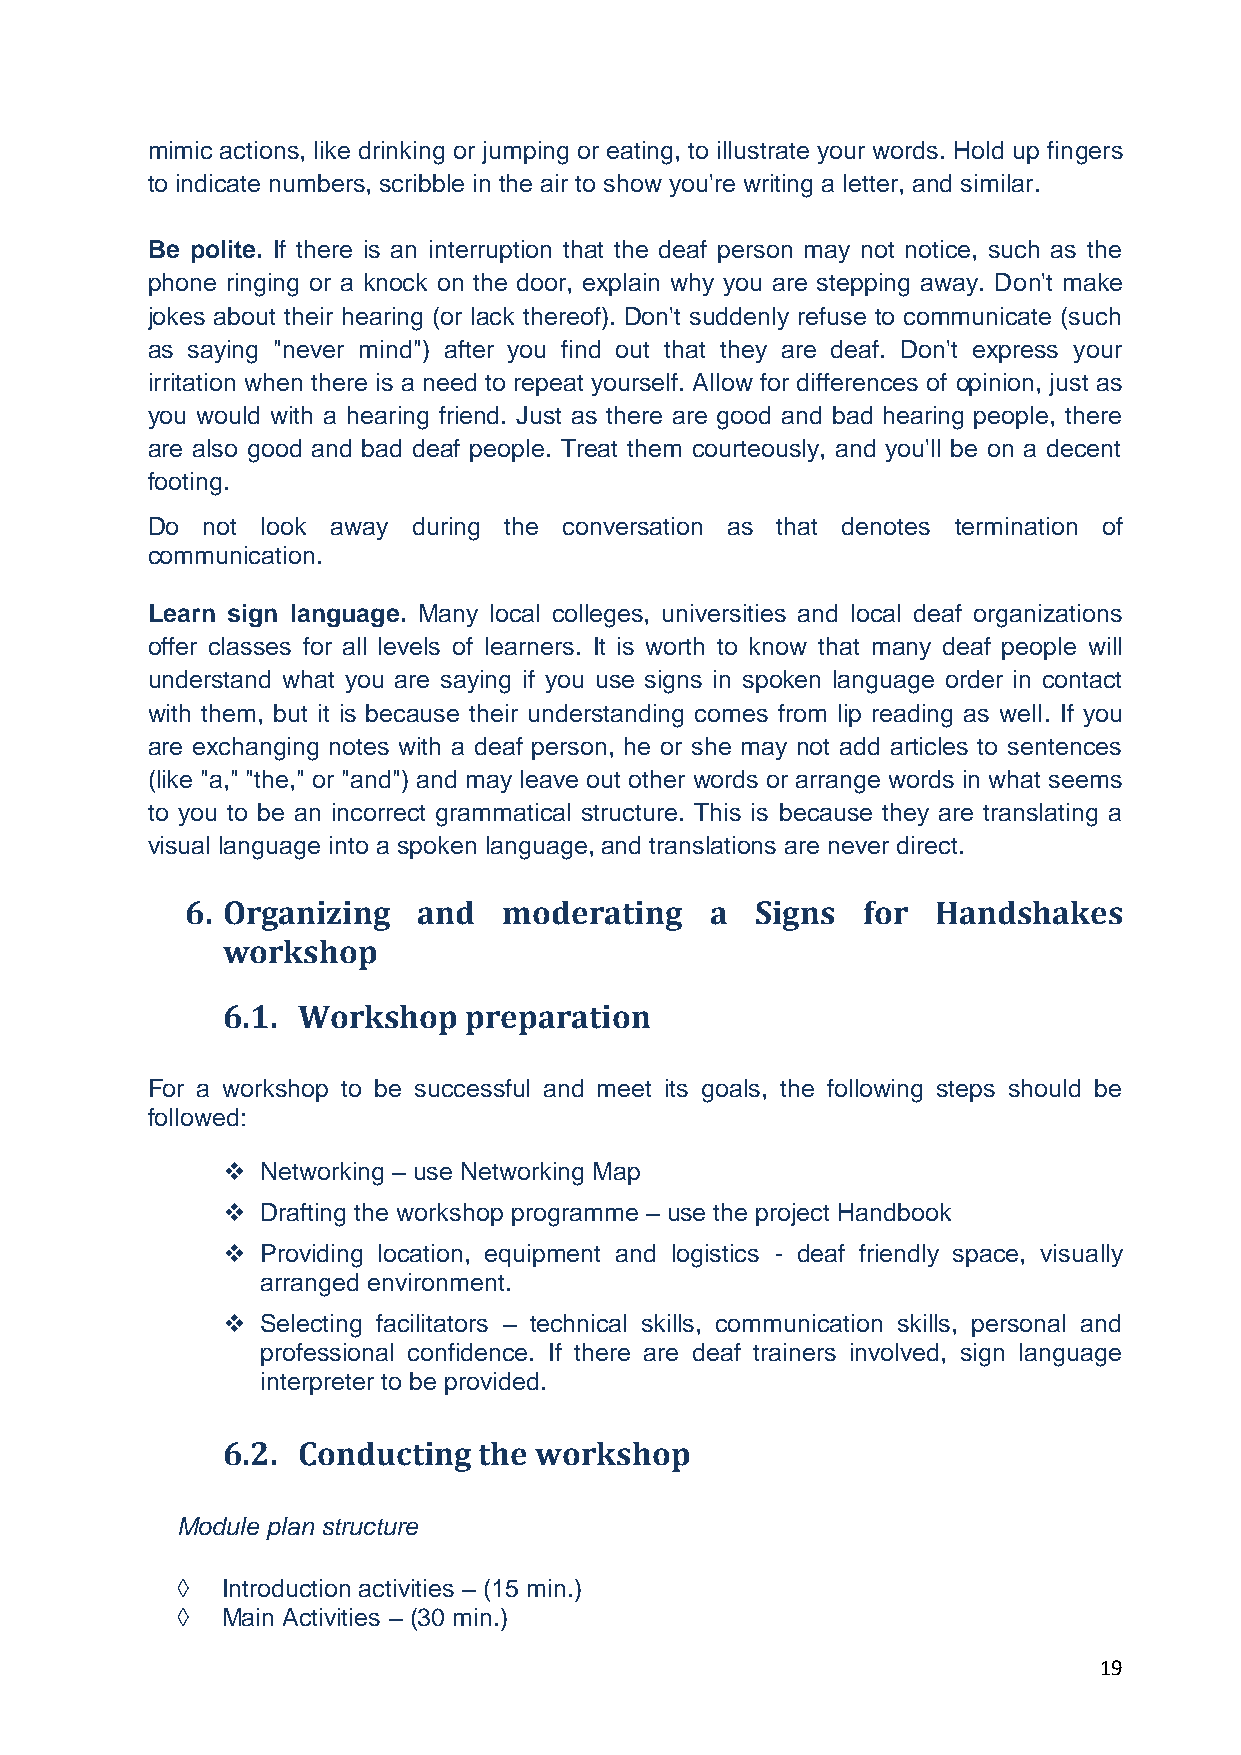
mimic actions, like drinking or jumping or eating, to illustrate your words. Hold up fingers
 to indicate numbers, scribble in the air to show you're writing a letter, and similar.
 Be polite. If there is an interruption that the deaf person may not notice, such as the
 phone ringing or a knock on the door, explain why you are stepping away. Don't make
 jokes about their hearing (or lack thereof). Don't suddenly refuse to communicate (such
 as saying "never mind") after you find out that they are deaf. Don't express your
 irritation when there is a need to repeat yourself. Allow for differences of opinion, just as
 you would with a hearing friend. Just as there are good and bad hearing people, there
 are also good and bad deaf people. Treat them courteously, and you'll be on a decent
 footing.
 Do not look away during the conversation as that denotes termination of
 communication.
 Learn sign language. Many local colleges, universities and local deaf organizations
 offer classes for all levels of learners. It is worth to know that many deaf people will
 understand what you are saying if you use signs in spoken language order in contact
 with them, but it is because their understanding comes from lip reading as well. If you
 are exchanging notes with a deaf person, he or she may not add articles to sentences
 (like "a," "the," or "and") and may leave out other words or arrange words in what seems
 to you to be an incorrect grammatical structure. This is because they are translating a
 visual language into a spoken language, and translations are never direct.
 6. Organizing   and  moderating    a  Signs  for  Handshakes
 workshop
 6.1. Workshop   preparation
 For a workshop to be successful and meet its goals, the following steps should be
 followed:
  Networking – use Networking Map
  Drafting the workshop programme – use the project Handbook
  Providing location, equipment and logistics - deaf friendly space, visually
 arranged environment.
  Selecting facilitators – technical skills, communication skills, personal and
 professional confidence. If there are deaf trainers involved, sign language
 interpreter to be provided.
 6.2. Conducting  the workshop
 Module plan structure
 ◊  Introduction activities – (15 min.)
 ◊  Main Activities – (30 min.)
 19